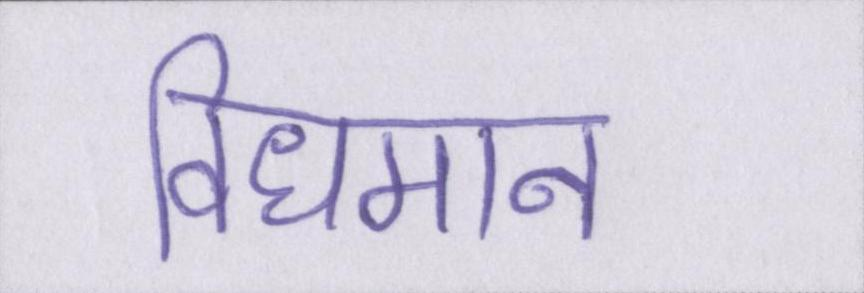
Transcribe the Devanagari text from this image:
विधमान